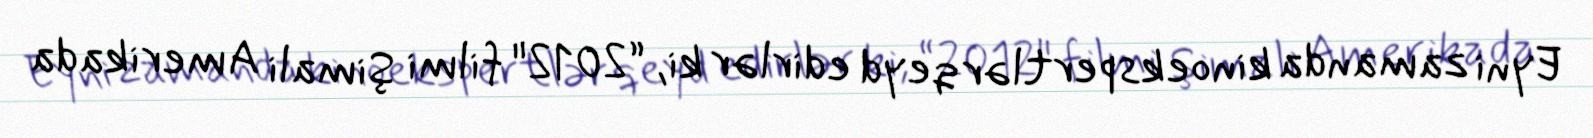
Eyni zamanda kinoekspertlər qeyd edirlər ki, “2012" filmi Şimali Amerikada